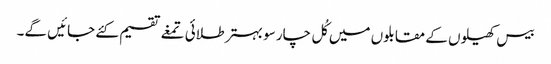
بیس کھیلوں کے مقابلوں میں کُل چار سو بہتر طلائی تمغے تقسیم کئے جائیں گے۔